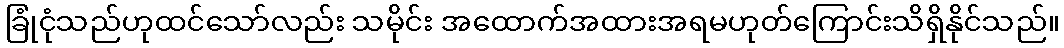
ခြုံငုံသည်ဟုထင်သော်လည်း သမိုင်း အထောက်အထားအရမဟုတ်ကြောင်းသိရှိနိုင်သည်။